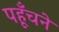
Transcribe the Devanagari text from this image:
पहूँचने